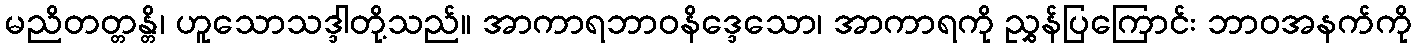
မညိတတ္တန္တိ၊ ဟူသောသဒ္ဒါတို့သည်။ အာကာရဘာဝနိဒ္ဒေသော၊ အာကာရကို ညွှန်ပြကြောင်း ဘာဝအနက်ကို